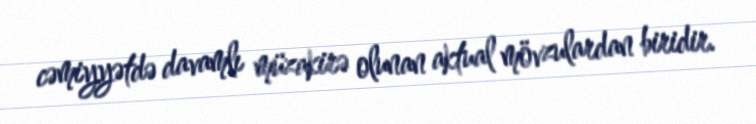
cəmiyyətdə davamlı müzakirə olunan aktual mövzulardan biridir.